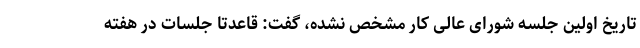
تاریخ اولین جلسه شورای عالی کار مشخص نشده، گفت: قاعدتا جلسات در هفته